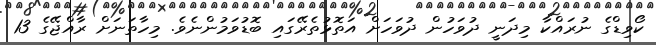
ކޯވިޑްގެ ނުރައްކާ މިދަނީ ދުވަހުން ދުވަހަށް އަތޮޅުތެރޭގައި ބޮޑުވަމުންނެވެ. މިހާތަނަށް ރާއްޖޭގެ 13